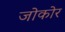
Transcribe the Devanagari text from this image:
जोकोर